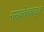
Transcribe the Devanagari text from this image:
गुनाव्तेबाबाद्त